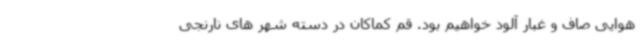
هوایی صاف و غبار آلود خواهیم بود. قم کماکان در دسته شهر های نارنجی